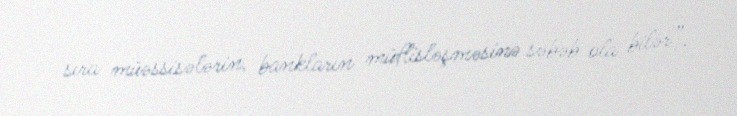
sıra müəssisələrin, bankların müflisləşməsinə səbəb ola bilər”.